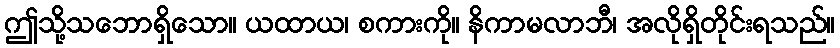
ဤသို့သဘောရှိသော။ ယထာယ၊ စကားကို။ နိကာမလာဘီ၊ အလိုရှိတိုင်းရသည်။